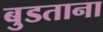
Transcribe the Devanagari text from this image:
बुडताना